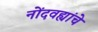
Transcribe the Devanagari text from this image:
नोंदवह्यांचे